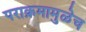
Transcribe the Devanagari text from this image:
पराक्रमामुळेच